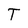
Character: T